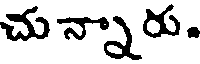
చున్నారు.